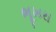
ભૂખરા